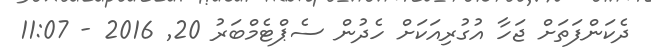
ދެކަންފަތަށް ޖަހާ އުގުރިއަކަށް ހެދުން ސެޕްޓެމްބަރު 20